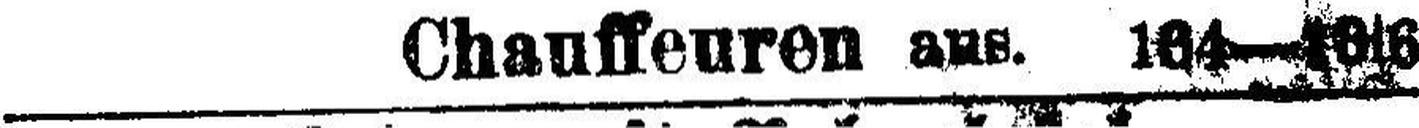
Chauffeuren aus. 164—16|6